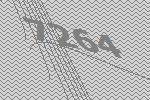
7264